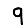
Digit: 9